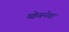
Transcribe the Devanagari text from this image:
ष्क्रेबनेवा